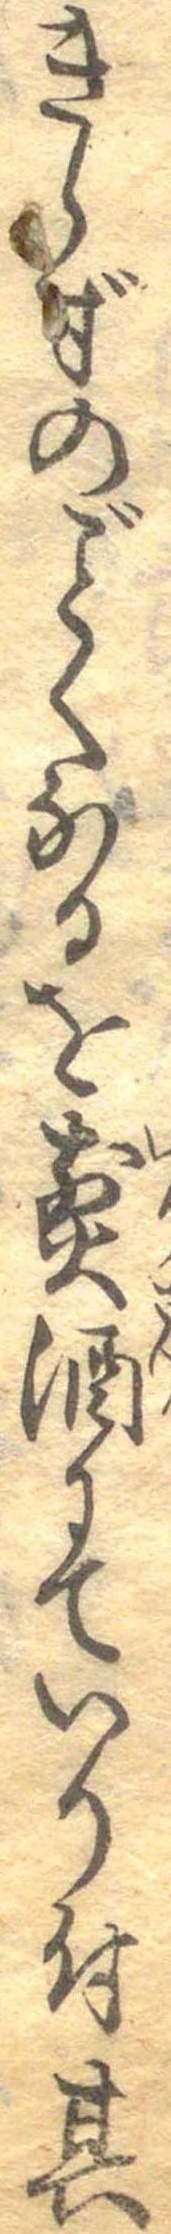
きらずのごとくなるを煎酒にていり付其